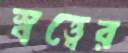
স্বত্ত্বের